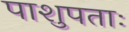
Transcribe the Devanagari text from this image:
पाशुपताः